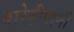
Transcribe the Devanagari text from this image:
बारेहीपानी